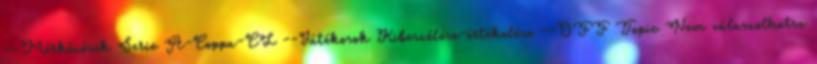
--Mérkőzések Serie A-Coppa-CL --Játékosok Kibeszélése-értékelése --OFF Topic Nem válaszolhatsz